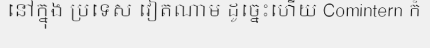
នៅក្នុង ប្រទេស វៀតណាម ដូច្នេះហើយ Comintern ក៏